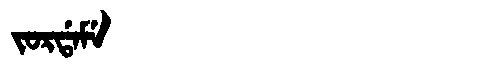
Manchu: ᠵᠣᡵᡩᠠᠮᡝ
Romanization: JORDAME